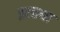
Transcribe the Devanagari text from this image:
इलाथा